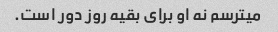
میترسم نه او برای بقیه روز دور است.